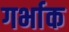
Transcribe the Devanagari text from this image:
गर्भाक